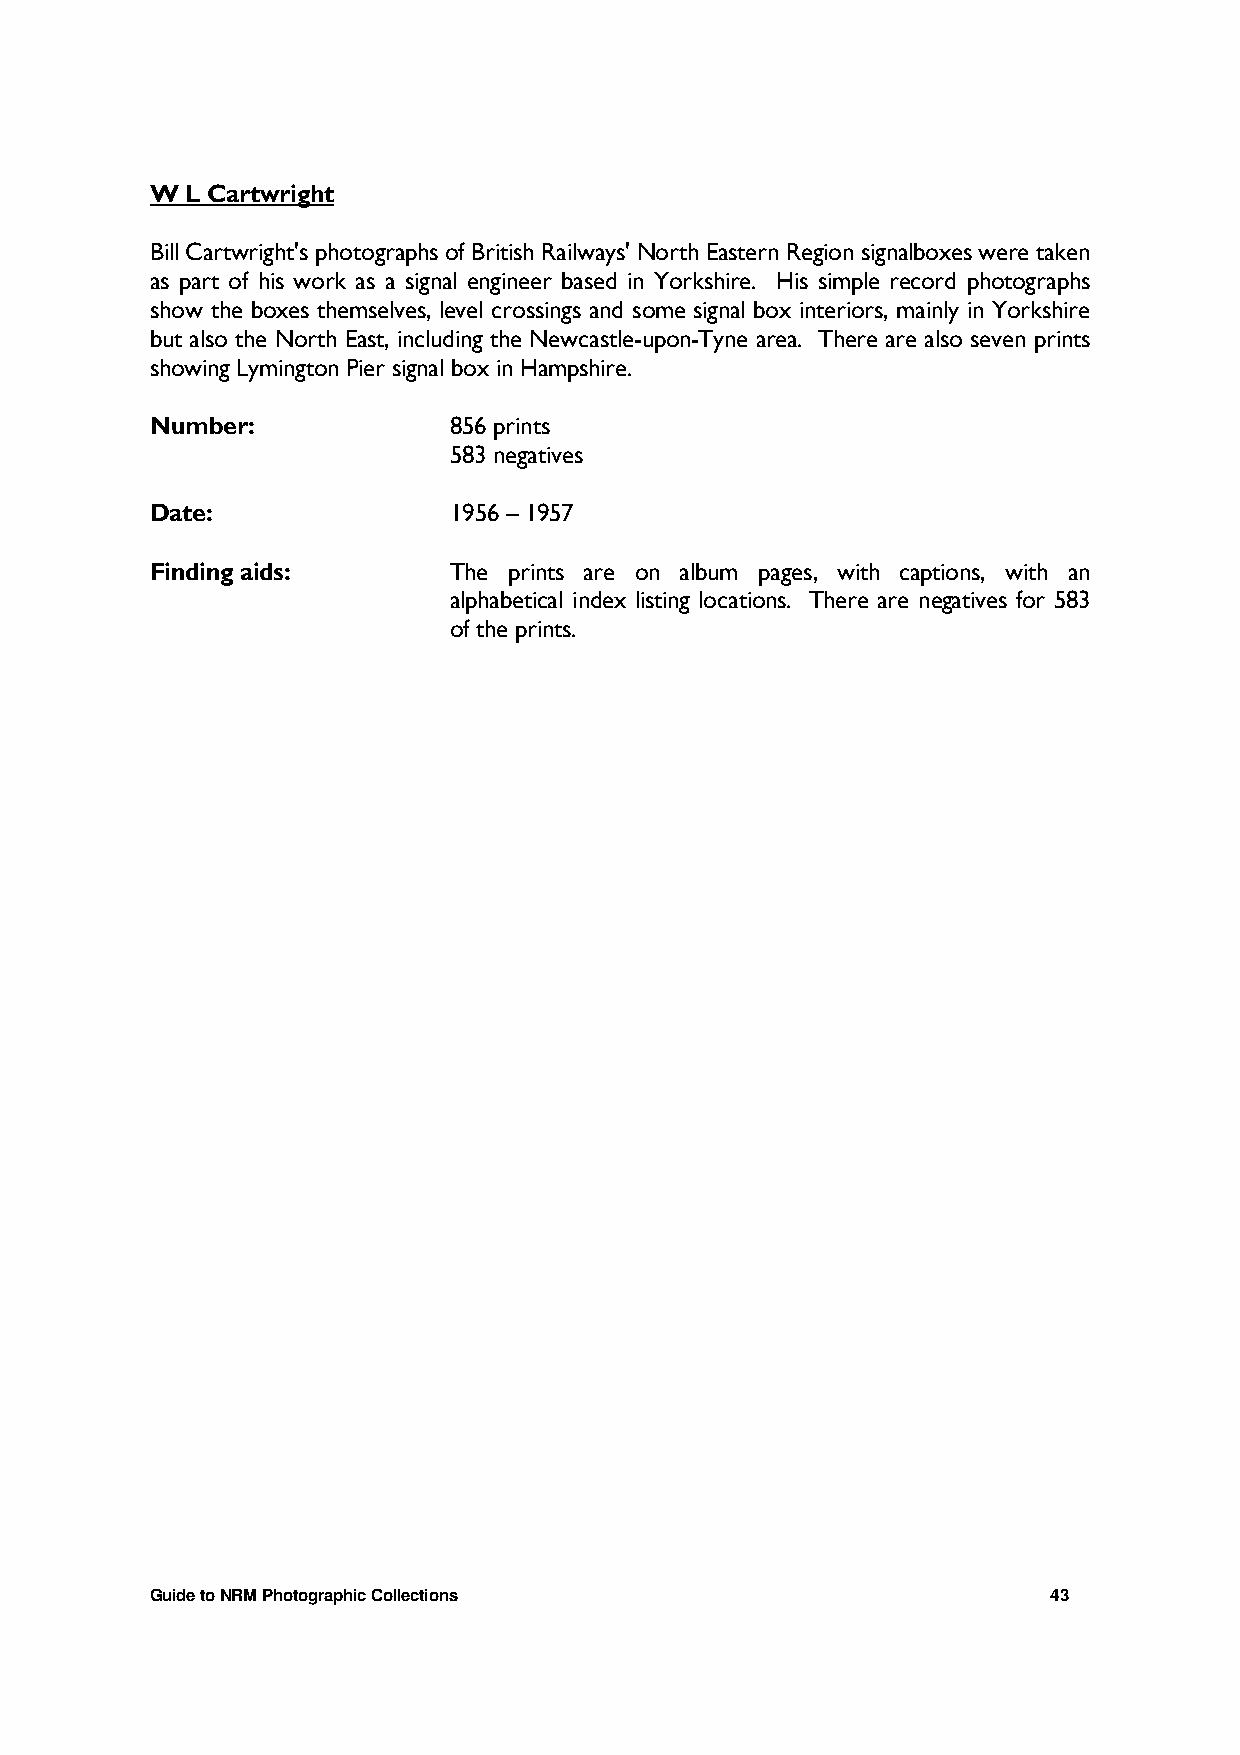
W L Cartwright
 Bill Cartwright's photographs of British Railways' North Eastern Region signalboxes were taken
 as part of his work as a signal engineer based in Yorkshire. His simple record photographs
 show the boxes themselves, level crossings and some signal box interiors, mainly in Yorkshire
 but also the North East, including the Newcastle-upon-Tyne area. There are also seven prints
 showing Lymington Pier signal box in Hampshire.
 Number:             856 prints
 583 negatives
 Date:               1956 – 1957
 Finding aids:       The prints are on album pages, with captions, with an
 alphabetical index listing locations. There are negatives for 583
 of the prints.
 Guide to NRM Photographic Collections                       43